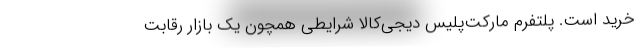
خرید است. پلتفرم مارکت‌پلیس دیجی‌کالا شرایطی همچون یک بازار رقابت